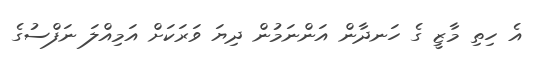
އެ ހިތި މާޒީ ގެ ހަނދާން އަންނަމުން ދިޔަ ވަރަކަށް އަމިއްލަ ނަފްސުގެ